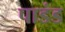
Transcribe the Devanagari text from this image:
पाडंड